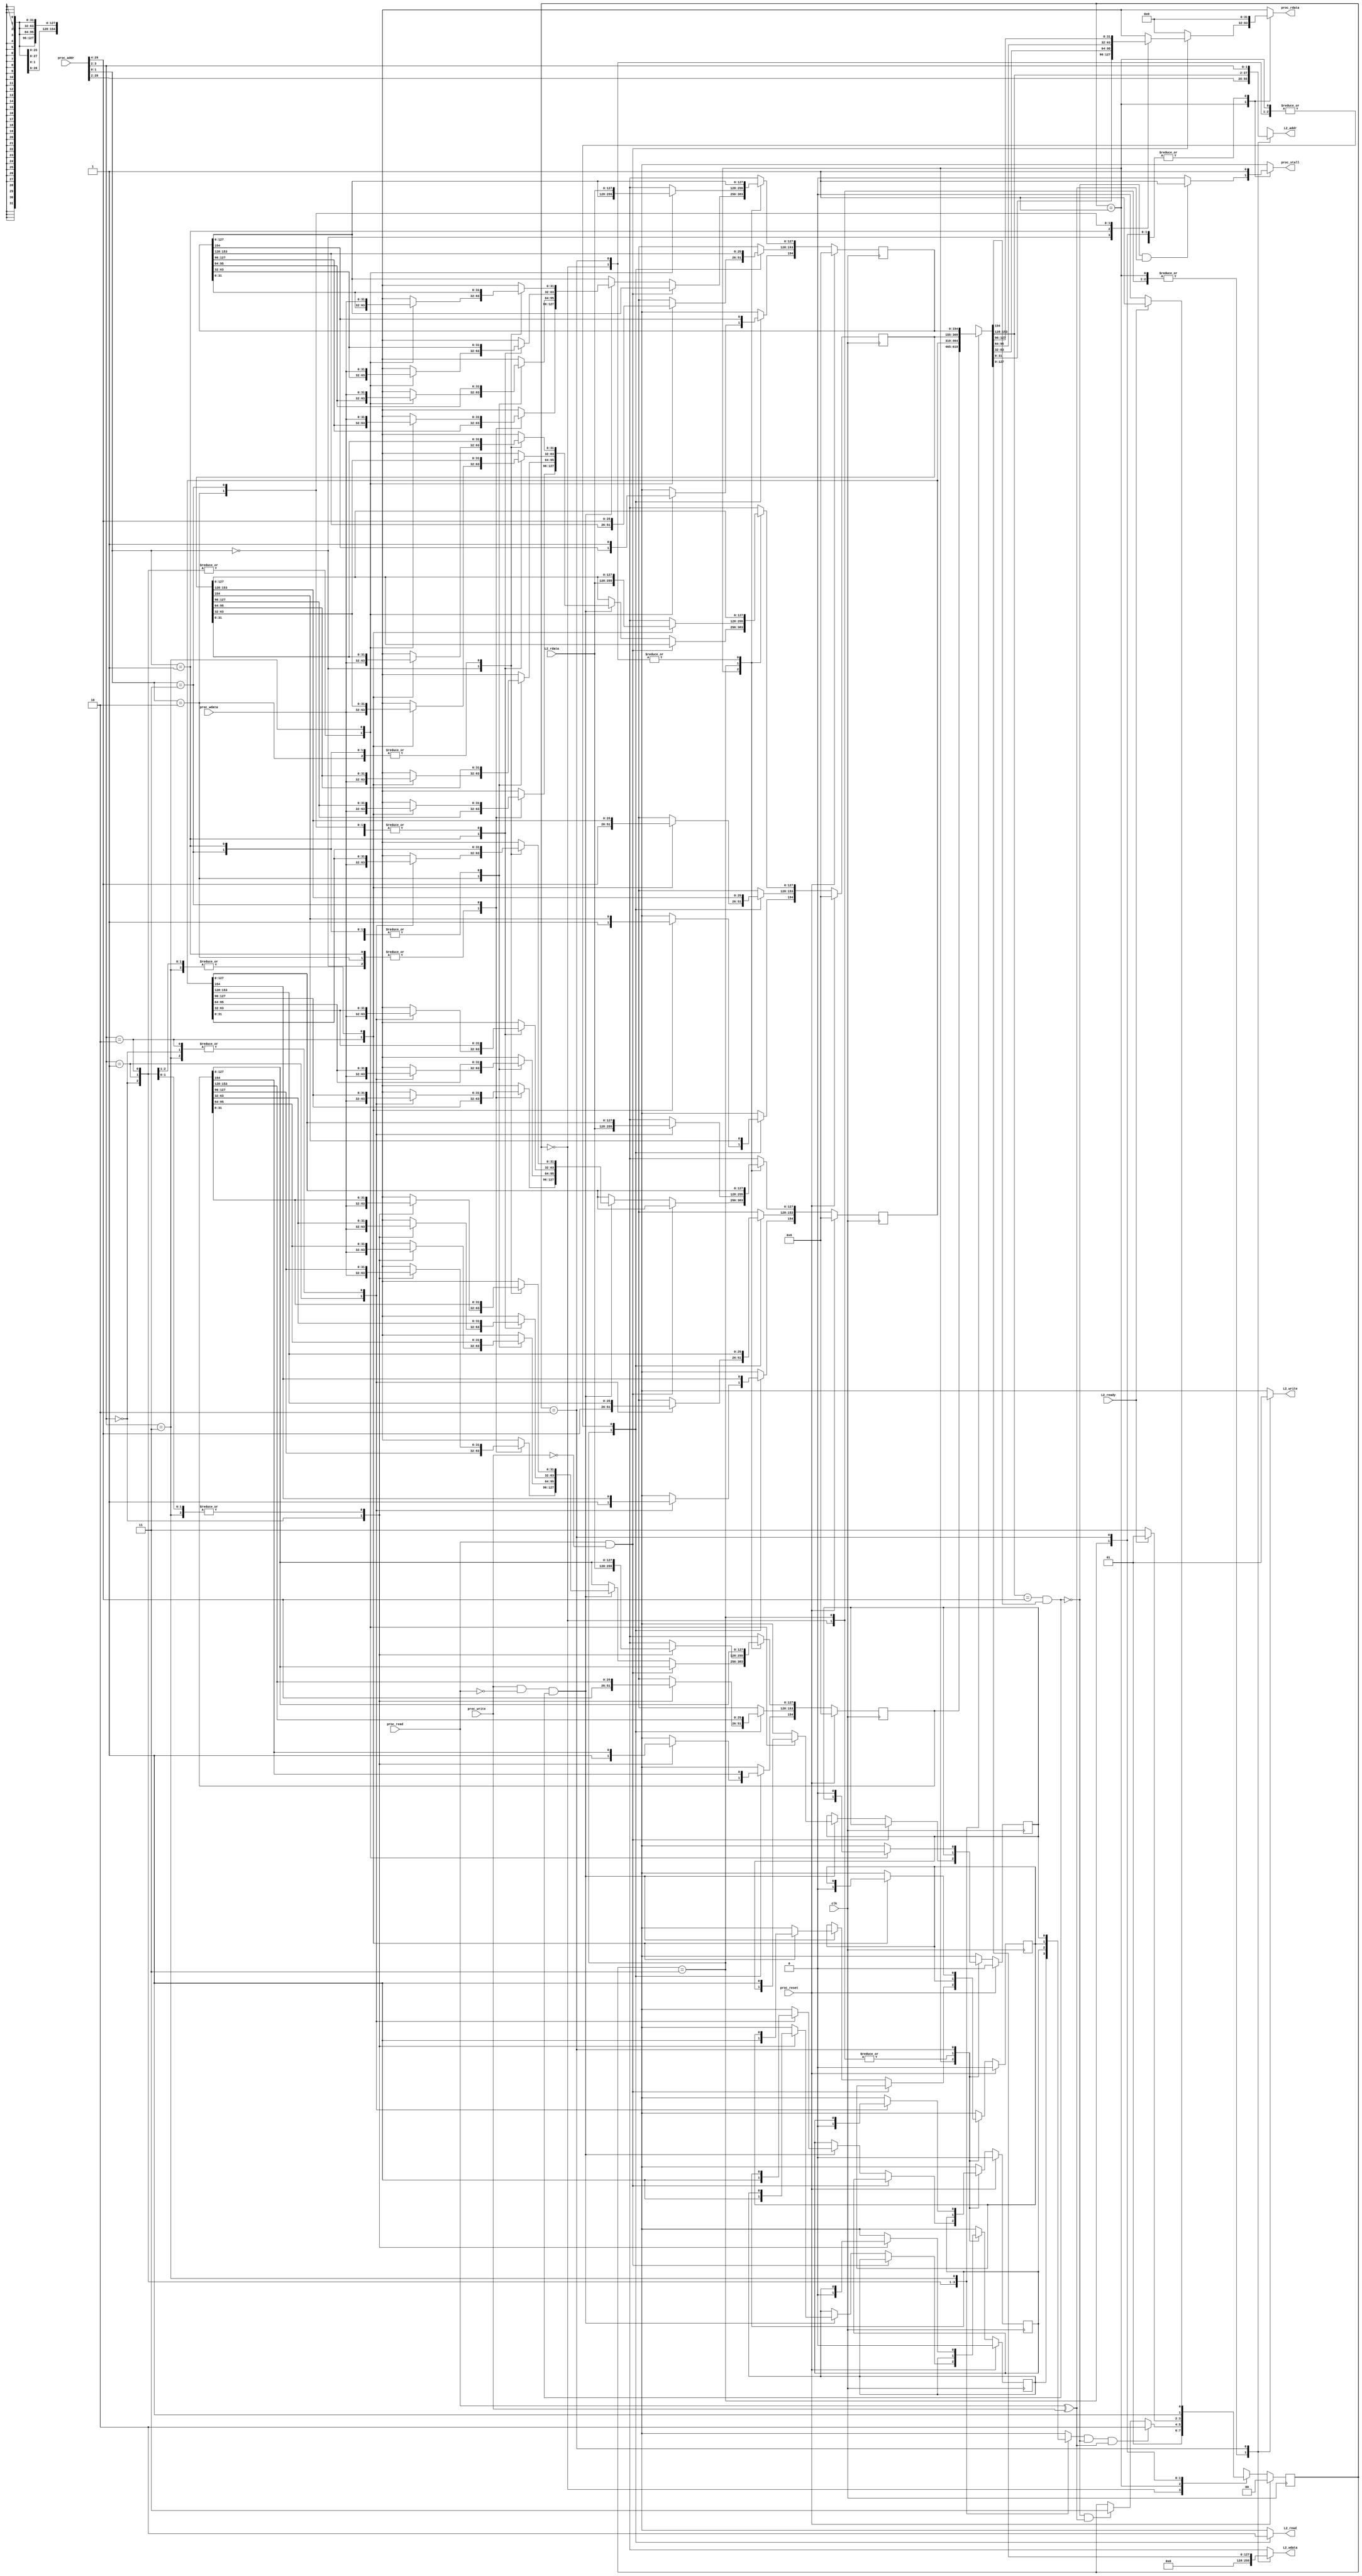
// I cache: Dirrect mapped
// D cache: two-way associated
module cache(
        input             clk,
        input             proc_reset,
        // processor interface
        input             proc_read, 
        input             proc_write,
        input      [29:0] proc_addr, // 30 bits due to word-offset
        input      [31:0] proc_wdata,
        output reg        proc_stall,
        output reg [31:0] proc_rdata,
        // L2 interface
        input              L2_ready,
        input      [127:0] L2_rdata, // 4 words (128 bits)
        output reg         L2_read, 
        output reg         L2_write,
        output reg  [27:0] L2_addr, // 28 bits since read 4 words once
        output reg [127:0] L2_wdata
);
// procedure addr
parameter ADDRTAGBEG  = 29, // 26 tags
          ADDRTAGEND  = 4, 
          BLOCKIDXBEG = 3,  // 4 blocks (2 bits)
          BLOCKIDXEND = 2,
          WORDIDXBEG  = 1,  // 4 words (2 bit)
          WORDIDXEND  = 0;
              
// L1 Cache (155 bits) = 1 valid + 26 tag + 4 words data (128 bits)
// TAG: 25 bits (30 bits proc_addr - 2 bits block offset - 3 bits index)
parameter BLOCKSIZE = 155,
          BLOCKNUM = 4,
          VALIDBIT = 154,
          TAGBEG   = 153,
          TAGEND   = 128,
          DATA3BEG = 127,
          DATA3END = 96,
          DATA2BEG = 95,
          DATA2END = 64,
          DATA1BEG = 63,
          DATA1END = 32,
          DATA0BEG = 31,
          DATA0END = 0; 

reg [BLOCKSIZE-1:0] cache [0:BLOCKNUM-1];
reg [BLOCKSIZE-1:0] cache_nxt [0:BLOCKNUM-1];
reg                 dirtyBlock [0:BLOCKNUM-1];
reg                 dirtyBlock_nxt [0:BLOCKNUM-1];
wire                 isBlockHit;
wire                isBlockDirty;

// state name
parameter [1:0] IDLE   = 2'b00,
                CMPTAG = 2'b01,
                RDMEM  = 2'b11,
                WRTMEM = 2'b10;
reg [1:0]       state, state_nxt;

integer i;

// assignments of wires
assign isBlockDirty = dirtyBlock [proc_addr[BLOCKIDXBEG:BLOCKIDXEND]];
assign isBlockHit = (cache[proc_addr[BLOCKIDXBEG:BLOCKIDXEND]][TAGBEG:TAGEND] == proc_addr[ADDRTAGBEG:ADDRTAGEND]) &
                    cache[proc_addr[BLOCKIDXBEG:BLOCKIDXEND]][VALIDBIT];

// FSM
always@ (*) begin
    state_nxt = state;
    case (state)
        IDLE  : state_nxt = CMPTAG;
        CMPTAG: begin
            if (isBlockDirty & ~isBlockHit & (proc_read ^ proc_write)) state_nxt = WRTMEM;
            else if (~isBlockHit & (proc_read ^ proc_write)) state_nxt = RDMEM; 
        end
        RDMEM  : state_nxt = L2_ready ? CMPTAG: RDMEM; 
        WRTMEM : state_nxt = L2_ready ? RDMEM : WRTMEM;
    endcase
end

// combinational output
always@ (*) begin
    proc_stall = 1'b0;
    proc_rdata = 32'b0;
    L2_read    = 1'b0;
    L2_write   = 1'b0;
    L2_addr    = proc_addr [ADDRTAGBEG:BLOCKIDXEND];
    L2_wdata   = 128'b0;
    for (i = 0; i <= BLOCKNUM-1; i = i + 1) begin
        cache_nxt [i] = cache [i];
        dirtyBlock_nxt [i] = dirtyBlock [i];
    end
    case (state)
        IDLE: proc_stall = 1'b1;
        CMPTAG: begin
            if (~isBlockHit && (proc_read ^ proc_write)) proc_stall = 1'b1;
            if (proc_read && ~proc_write) begin // read
                case (proc_addr [1:0])
                    2'b00: proc_rdata = cache [proc_addr [BLOCKIDXBEG:BLOCKIDXEND]][DATA0BEG:DATA0END];
                    2'b01: proc_rdata = cache [proc_addr [BLOCKIDXBEG:BLOCKIDXEND]][DATA1BEG:DATA1END];
                    2'b10: proc_rdata = cache [proc_addr [BLOCKIDXBEG:BLOCKIDXEND]][DATA2BEG:DATA2END];
                    2'b11: proc_rdata = cache [proc_addr [BLOCKIDXBEG:BLOCKIDXEND]][DATA3BEG:DATA3END];
                endcase
            end
            else if (proc_write & ~proc_read & isBlockHit) begin // write if the block clean and hit
                dirtyBlock_nxt [proc_addr [BLOCKIDXBEG:BLOCKIDXEND]] = 1'b1;
                case (proc_addr [1:0])
                    2'b00: cache_nxt [proc_addr[BLOCKIDXBEG:BLOCKIDXEND]][DATA0BEG:DATA0END] = proc_wdata;
                    2'b01: cache_nxt [proc_addr[BLOCKIDXBEG:BLOCKIDXEND]][DATA1BEG:DATA1END] = proc_wdata;
                    2'b10: cache_nxt [proc_addr[BLOCKIDXBEG:BLOCKIDXEND]][DATA2BEG:DATA2END] = proc_wdata;
                    2'b11: cache_nxt [proc_addr[BLOCKIDXBEG:BLOCKIDXEND]][DATA3BEG:DATA3END] = proc_wdata;
                endcase
            end
        end
        RDMEM  : begin
            proc_stall = 1'b1;
            L2_read  = 1'b1;
            cache_nxt [proc_addr [BLOCKIDXBEG:BLOCKIDXEND]][DATA3BEG:DATA0END] = L2_rdata; // set data
            cache_nxt [proc_addr [BLOCKIDXBEG:BLOCKIDXEND]][TAGBEG:TAGEND] = proc_addr [ADDRTAGBEG:ADDRTAGEND]; // set tag
            cache_nxt [proc_addr [BLOCKIDXBEG:BLOCKIDXEND]][VALIDBIT] = 1'b1; // set valid
        end
        WRTMEM : begin
            proc_stall = 1'b1;
            dirtyBlock_nxt [proc_addr [BLOCKIDXBEG:BLOCKIDXEND]] = 1'b0;
            L2_write = 1'b1;
            L2_wdata = cache [proc_addr [BLOCKIDXBEG:BLOCKIDXEND]][DATA3BEG:DATA0END];
            L2_addr  = {cache [proc_addr [BLOCKIDXBEG:BLOCKIDXEND]][TAGBEG:TAGEND], proc_addr [BLOCKIDXBEG:BLOCKIDXEND]};
        end

    endcase
end 

//==== sequential circuit =================================
always@( posedge clk ) begin
    if( proc_reset ) begin
        state <= IDLE;
        for (i = 0; i <= BLOCKNUM-1; i = i + 1) begin
            cache [i] <= {BLOCKSIZE{1'b0}};
            dirtyBlock [i] <= 1'b0;
        end
    end
    else begin
        state <= state_nxt;
        for (i = 0; i <= BLOCKNUM-1; i = i + 1) begin
            cache [i] <= cache_nxt [i];
            dirtyBlock [i] <= dirtyBlock_nxt [i];
        end
    end
end
endmodule

// I cache: 16 blocks * 4 wrods
module L2_Icache (
        input clk,
        input proc_reset,
        // L1 I_interface. addr: 28 bits, data: 128 bits
        input              L2_read, 
        input              L2_write,
        input       [27:0] L2_addr,
        input      [127:0] L2_wdata,
        output reg [127:0] L2_rdata,
        output reg         L2_ready,
        // memory interface. addr: 28 bits, data: 128 bits
        input      [127:0] mem_rdata,
        input              mem_ready,
        output reg         mem_read, 
        output reg         mem_write,
        output reg  [27:0] mem_addr,
        output reg [127:0] mem_wdata
    );

    // L1 -> L2 addr
    parameter ADDRTAGBEG  = 27,
              ADDRTAGEND  = 4, // 24-bit tag
              BLOCKIDXBEG = 3, // 16 bloacks (4 bits)
              BLOCKIDXEND = 0;
              

    // L2 Cache (153 bits) = 1 valid + 24 tag + 4 words data (128 bits)
    parameter BLOCKSIZE = 153,
              BLOCKNUM  = 16,
              VALIDBIT  = 152,
              TAGBEG    = 151,
              TAGEND    = 128,
              DATASTART = 127,
              DATAEND   = 0; 

    reg [BLOCKSIZE-1:0] cache [0:BLOCKNUM-1];
    reg [BLOCKSIZE-1:0] cache_nxt [0:BLOCKNUM-1];
    reg                 dirtyBlock [0:BLOCKNUM-1];
    reg                 dirtyBlock_nxt [0:BLOCKNUM-1];
    wire                isBlockHit;
    wire                isBlockDirty;

    // state name
    parameter [1:0] IDLE   = 2'b00,
                    CMPTAG = 2'b01,
                    RDMEM  = 2'b11,
                    WRTMEM = 2'b10;
    reg [1:0]       state, state_nxt;

    integer i;

    // assignments of wires
    assign isBlockDirty = dirtyBlock[L2_addr[BLOCKIDXBEG:BLOCKIDXEND]];
    assign isBlockHit = (cache[L2_addr[BLOCKIDXBEG:BLOCKIDXEND]][TAGBEG:TAGEND] == L2_addr[ADDRTAGBEG:ADDRTAGEND]) &
                        cache[L2_addr[BLOCKIDXBEG:BLOCKIDXEND]][VALIDBIT];

    // FSM
    always@ (*) begin
        state_nxt = state;
        case (state)
                IDLE  : state_nxt = CMPTAG;
                CMPTAG: begin
                    if (isBlockDirty & ~isBlockHit & (L2_read ^ L2_write)) state_nxt = WRTMEM;
                    else if (~isBlockHit & (L2_read ^ L2_write)) state_nxt = RDMEM; 
                end
                RDMEM  : state_nxt = mem_ready ? CMPTAG: RDMEM; 
                WRTMEM : state_nxt = mem_ready ? RDMEM : WRTMEM;
        endcase
    end

    // combinational output
    always@ (*) begin
        // isBlockHit = 1'b0;
        L2_rdata = 128'b0;
        L2_ready = 1'b0;
        mem_read = 1'b0;
        mem_write = 1'b0;
        mem_addr = L2_addr; // all addr copied
        mem_wdata = 128'b0;
        for (i = 0; i <= BLOCKNUM-1; i = i + 1) begin
            cache_nxt [i] = cache [i];
            dirtyBlock_nxt [i] = dirtyBlock [i];
        end

        case (state)
            CMPTAG: begin
                
                if (L2_read & ~L2_write & isBlockHit) begin // read
                    L2_rdata = cache [L2_addr [BLOCKIDXBEG:BLOCKIDXEND]][DATASTART:DATAEND];
                    L2_ready = 1'b1;
                end
                else if (L2_write & ~L2_read & isBlockHit) begin // write if the block hit
                    dirtyBlock_nxt [L2_addr[BLOCKIDXBEG:BLOCKIDXEND]] = 1'b1;
                    cache_nxt [L2_addr[BLOCKIDXBEG:BLOCKIDXEND]][DATASTART:DATAEND] = L2_wdata;
                    L2_ready = 1'b1;
                end
            end
            RDMEM  : begin
                mem_read  = 1'b1;
                cache_nxt [L2_addr[BLOCKIDXBEG:BLOCKIDXEND]][DATASTART:DATAEND] = mem_rdata; // set data
                cache_nxt [L2_addr[BLOCKIDXBEG:BLOCKIDXEND]][TAGBEG:TAGEND] = L2_addr [ADDRTAGBEG:ADDRTAGEND]; // set tag
                cache_nxt [L2_addr[BLOCKIDXBEG:BLOCKIDXEND]][VALIDBIT] = 1'b1; // set valid
            end
            WRTMEM : begin
                dirtyBlock_nxt [L2_addr [BLOCKIDXBEG:BLOCKIDXEND]] = 1'b0;
                mem_write = 1'b1;
                mem_wdata = cache [L2_addr [BLOCKIDXBEG:BLOCKIDXEND]][DATASTART:DATAEND];
                mem_addr  = {cache [L2_addr [BLOCKIDXBEG:BLOCKIDXEND]][TAGBEG:TAGEND], L2_addr [BLOCKIDXBEG:BLOCKIDXEND]};
            end
        endcase
    end

    //==== sequential circuit =================================
    always@( posedge clk ) begin
        if( proc_reset ) begin
            state <= IDLE;
            for (i = 0; i <= BLOCKNUM-1; i = i + 1) begin
                cache [i] <= {BLOCKSIZE{1'b0}};
                dirtyBlock [i] <= 1'b0;
            end
        end
        else begin
            state <= state_nxt;
            for (i = 0; i <= BLOCKNUM-1; i = i + 1) begin
                cache [i] <= cache_nxt [i];
                dirtyBlock [i] <= dirtyBlock_nxt [i];
            end
        end
    end
endmodule

// D cache: 24 blocks * 4 words each * 2 way
// module L2_Dcache (
//         input clk,
//         input proc_reset,
//         // L1 I_interface. addr: 28 bits, data: 128 bits
//         input              L2_read, 
//         input              L2_write,
//         input       [27:0] L2_addr,
//         input      [127:0] L2_wdata,
//         output reg [127:0] L2_rdata,
//         output reg         L2_ready,
//         // memory interface. addr: 28 bits, data: 128 bits
//         input      [127:0] mem_rdata,
//         input              mem_ready,
//         output reg         mem_read, 
//         output reg         mem_write,
//         output reg  [27:0] mem_addr,
//         output reg [127:0] mem_wdata
//     );

//     // L1 -> L2 addr
//     parameter ADDRTAGBIT  = 23,
//               ADDRTAGBEG  = 27,
//               ADDRTAGEND  = 5, // 23-bit proc tag
//               BLOCKIDXBEG = 4, // 24 bloacks (5 bits)
//               BLOCKIDXEND = 0;
              

//     // L2 Cache (154 bits) = 1 valid + 1 last-used + 24 tag + 4 words data (128 bits)
//     parameter BLOCKSIZE = 154,
//               BLOCKNUM  = 24,
//               BLOCKBIT  = 5,
//               TAGBIT    = 24, // with modulo bit
//               VALIDBIT  = 153,
//               LASTUSED  = 152,
//               TAGBEG    = 151,
//               TAGEND    = 128,
//               DATASTART = 127,
//               DATAEND   = 0; 

//     reg [BLOCKSIZE-1:0] cache0 [0:BLOCKNUM-1];
//     reg [BLOCKSIZE-1:0] cache0_nxt [0:BLOCKNUM-1];
//     reg [BLOCKSIZE-1:0] cache1 [0:BLOCKNUM-1];
//     reg [BLOCKSIZE-1:0] cache1_nxt [0:BLOCKNUM-1];
//     reg                 dirtyBlock0 [0:BLOCKNUM-1];
//     reg                 dirtyBlock0_nxt [0:BLOCKNUM-1];
//     reg                 dirtyBlock1 [0:BLOCKNUM-1];
//     reg                 dirtyBlock1_nxt [0:BLOCKNUM-1];
//     wire                isBlock0Hit;
//     wire                isBlock1Hit;
//     wire                isBlock0Dirty;
//     wire                isBlock1Dirty;

//     // combined logic
//     wire isBlockHit, isBlockDirty;

//     wire   [BLOCKBIT-1:0] block_index;
//     wire                  block_tag;
//     wire [ADDRTAGBIT-1:0] proc_tag;
//     wire     [TAGBIT-1:0] cache_tag;

//     // state name
//     parameter [1:0] IDLE   = 2'b00,
//                     CMPTAG = 2'b01,
//                     RDMEM  = 2'b11,
//                     WRTMEM = 2'b10;
//     reg [1:0]       state, state_nxt;

//     integer i;

//     assign {block_tag, block_index} = L2_addr [BLOCKIDXBEG:BLOCKIDXEND] >= 5'd24 ? 
//                                       {1'b1, L2_addr [BLOCKIDXBEG:BLOCKIDXEND] - 5'd24} :
//                                       {1'b0, L2_addr [BLOCKIDXBEG:BLOCKIDXEND]};
//     assign block_index = L2_addr [BLOCKIDXBEG:BLOCKIDXEND];
//     assign proc_tag  = L2_addr [ADDRTAGBEG:ADDRTAGEND];
//     assign cache_tag = {proc_tag, block_tag};

//     // assignments of wires
//     assign isBlock0Dirty = dirtyBlock0 [block_index];
//     assign isBlock1Dirty = dirtyBlock1 [block_index];
//     assign isBlock0Hit = (cache0 [block_index][TAGBEG:TAGEND] == cache_tag) & cache0 [block_index][VALIDBIT];
//     assign isBlock1Hit = (cache1 [block_index][TAGBEG:TAGEND] == cache_tag) & cache1 [block_index][VALIDBIT];

//     // combined logic
//     assign isBlockHit = isBlock0Hit | isBlock1Hit;

//     // if way0 is last used and dirty, then it is dirty (when missed)
//     // we do not care about hit since it does not matter
//     assign isBlockDirty = ~cache0 [block_index][LASTUSED] ? isBlock0Dirty : isBlock1Dirty;

//     // FSM
//     always@ (*) begin
//         state_nxt = state;
//         case (state)
//                 IDLE  : state_nxt = CMPTAG;
//                 CMPTAG: begin
//                     if (isBlockDirty & ~isBlockHit & (L2_read ^ L2_write)) state_nxt = WRTMEM;
//                     else if (~isBlockHit & (L2_read ^ L2_write)) state_nxt = RDMEM; 
//                 end
//                 RDMEM  : state_nxt = mem_ready ? CMPTAG: RDMEM; 
//                 WRTMEM : state_nxt = mem_ready ? RDMEM : WRTMEM;
//         endcase
//     end

//     // combinational output
//     always@ (*) begin
//         // isBlockHit = 1'b0;
//         L2_rdata = 128'b0;
//         L2_ready = 1'b0;
//         mem_read = 1'b0;
//         mem_write = 1'b0;
//         mem_addr = L2_addr; // all addr copied
//         mem_wdata = 128'b0;
//         for (i = 0; i <= BLOCKNUM-1; i = i + 1) begin
//             cache0_nxt [i] = cache0 [i];
//             cache1_nxt [i] = cache1 [i];
//             dirtyBlock0_nxt [i] = dirtyBlock0 [i];
//             dirtyBlock1_nxt [i] = dirtyBlock1 [i];
//         end

//         case (state)
//             CMPTAG: begin
//                 if (L2_read & ~L2_write & isBlock0Hit) begin // read way 0
//                     L2_rdata = cache0 [block_index][DATASTART:DATAEND];
//                     L2_ready = 1'b1;
//                     // update last-used bit
//                     cache0 [block_index][LASTUSED] = 1;
//                     cache1 [block_index][LASTUSED] = 0;
//                 end else if (L2_read & ~L2_write & isBlock1Hit) begin // read way 1
//                     L2_rdata = cache1 [block_index][DATASTART:DATAEND];
//                     L2_ready = 1'b1;
//                     // update last-used bit
//                     cache0 [block_index][LASTUSED] = 0;
//                     cache1 [block_index][LASTUSED] = 1;
//                 end else if (L2_write & ~L2_read & isBlock0Hit) begin // write if the way 0 block hit
//                     dirtyBlock0_nxt [block_index] = 1'b1;
//                     cache0_nxt [block_index][DATASTART:DATAEND] = L2_wdata;
//                     L2_ready = 1'b1;
//                     // update last-used bit
//                     cache0 [block_index][LASTUSED] = 1;
//                     cache1 [block_index][LASTUSED] = 0;
//                 end else if (L2_write & ~L2_read & isBlock1Hit) begin // write if the way 1 block hit
//                     dirtyBlock1_nxt [block_index] = 1'b1;
//                     cache1_nxt [block_index][DATASTART:DATAEND] = L2_wdata;
//                     L2_ready = 1'b1;
//                     // update last-used bit
//                     cache0 [block_index][LASTUSED] = 0;
//                     cache1 [block_index][LASTUSED] = 1;
//                 end
//             end
//             RDMEM  : begin
//                 mem_read  = 1'b1;
//                 if (~cache0 [block_index][LASTUSED] & mem_ready) begin
//                     cache0_nxt [block_index][DATASTART:DATAEND] = mem_rdata; // set data
//                     cache0_nxt [block_index][TAGBEG:TAGEND] = L2_addr [ADDRTAGBEG:ADDRTAGEND]; // set tag
//                     cache0_nxt [block_index][VALIDBIT] = 1'b1; // set valid
//                 end else if (mem_ready) begin
//                     cache1_nxt [block_index][DATASTART:DATAEND] = mem_rdata;
//                     cache1_nxt [block_index][TAGBEG:TAGEND] = L2_addr [ADDRTAGBEG:ADDRTAGEND]; // set tag
//                     cache1_nxt [block_index][VALIDBIT] = 1'b1; // set valid
//                 end
//             end
//             WRTMEM : begin
//                 mem_write = 1'b1;
//                 if (~cache0 [block_index][LASTUSED]) begin
//                     dirtyBlock0_nxt [block_index] = 1'b0;
//                     mem_wdata = cache0 [block_index][DATASTART:DATAEND];
//                     mem_addr  = {cache0 [block_index][TAGBEG:TAGEND], block_index};
//                 end else begin
//                     dirtyBlock1_nxt [L2_addr [BLOCKIDXBEG:BLOCKIDXEND]] = 1'b0;
//                     mem_wdata = cache1 [block_index][DATASTART:DATAEND];
//                     mem_addr  = {cache1 [block_index][TAGBEG:TAGEND], block_index};               
//                 end
//             end
//         endcase
//     end

//     //==== sequential circuit =================================
//     always@( posedge clk ) begin
//         if( proc_reset ) begin
//             state <= IDLE;
//             for (i = 0; i <= BLOCKNUM-1; i = i + 1) begin
//                 cache0 [i] <= {BLOCKSIZE{1'b0}};
//                 cache1 [i] <= {BLOCKSIZE{1'b0}};
//                 dirtyBlock0 [i] <= 1'b0;
//                 dirtyBlock1 [i] <= 1'b0;
//             end
//         end
//         else begin
//             state <= state_nxt;
//             for (i = 0; i <= BLOCKNUM-1; i = i + 1) begin
//                 cache0 [i] <= cache0_nxt [i];
//                 cache1 [i] <= cache1_nxt [i];
//                 dirtyBlock0 [i] <= dirtyBlock0_nxt [i];
//                 dirtyBlock1 [i] <= dirtyBlock1_nxt [i];
//             end
//         end
//     end
// endmodule

// 24 blocks * 4 words * two-way
module L2_Dcache (
        input clk,
        input proc_reset,
        // L1 I_interface. addr: 28 bits, data: 128 bits
        input              L2_read, 
        input              L2_write,
        input       [27:0] L2_addr,
        input      [127:0] L2_wdata,
        output reg [127:0] L2_rdata,
        output reg         L2_ready,
        // memory interface. addr: 28 bits, data: 128 bits
        input      [127:0] mem_rdata,
        input              mem_ready,
        output reg         mem_read, 
        output reg         mem_write,
        output reg  [27:0] mem_addr,
        output reg [127:0] mem_wdata
    );

    // L1 -> L2 addr 2-way associated
    parameter ADDRTAGBIT  = 23,
              ADDRTAGBEG  = 27,
              ADDRTAGEND  = 5, // 23-bit tag
              BLOCKIDXBEG = 4, // 24 bloacks (5 bits)
              BLOCKIDXEND = 0;
              

    // L2 Cache (154 bits) = 1 valid + 1 last-used + 24 tag + 4 words data (128 bits)
    parameter BLOCKSIZE = 154,
              BLOCKNUM  = 24,
              BLOCKBIT  = 5,
              BLOCKWAY  = 2,
              TAGBIT    = 24,
              VALIDBIT  = 153,
              LASTUSED  = 152,
              TAGBEG    = 151,
              TAGEND    = 128,
              DATASTART = 127,
              DATAEND   = 0; 

    reg [BLOCKSIZE-1:0] cache0 [0:BLOCKNUM-1];
    reg [BLOCKSIZE-1:0] cache0_nxt [0:BLOCKNUM-1];
    reg [BLOCKSIZE-1:0] cache1 [0:BLOCKNUM-1];
    reg [BLOCKSIZE-1:0] cache1_nxt [0:BLOCKNUM-1];
    reg                 dirtyBlock0 [0:BLOCKNUM-1];
    reg                 dirtyBlock0_nxt [0:BLOCKNUM-1];
    reg                 dirtyBlock1 [0:BLOCKNUM-1];
    reg                 dirtyBlock1_nxt [0:BLOCKNUM-1];
    wire                isBlock0Hit;
    wire                isBlock1Hit;
    wire                isBlock0Dirty;
    wire                isBlock1Dirty;

    // combined logic
    wire isBlockHit, isBlockDirty;

    wire   [BLOCKBIT-1:0] block_index;
    wire                  block_tag;
    wire [ADDRTAGBIT-1:0] proc_tag;
    wire     [TAGBIT-1:0] cache_tag;     

    // state name
    parameter [1:0] IDLE   = 2'b00,
                    CMPTAG = 2'b01,
                    RDMEM  = 2'b11,
                    WRTMEM = 2'b10;
    reg [1:0]       state, state_nxt;

    integer i;

    // assignments of wires
    assign {block_tag, block_index} = L2_addr [BLOCKIDXBEG:BLOCKIDXEND] >= 5'd24 ?
                                      {1'b1, L2_addr [BLOCKIDXBEG:BLOCKIDXEND] - 5'd24} :
                                      {1'b0, L2_addr [BLOCKIDXBEG:BLOCKIDXEND]};
    assign proc_tag = L2_addr [ADDRTAGBEG:ADDRTAGEND];
    assign cache_tag = {proc_tag, block_tag};

    assign isBlock0Dirty = dirtyBlock0 [block_index];
    assign isBlock1Dirty = dirtyBlock1 [block_index];
    assign isBlock0Hit = (cache0 [block_index][TAGBEG:TAGEND] == cache_tag) &
                         cache0 [block_index][VALIDBIT];
    assign isBlock1Hit = (cache1 [block_index][TAGBEG:TAGEND] == cache_tag) &
                         cache1 [block_index][VALIDBIT];
    // combined logic
    assign isBlockHit = isBlock0Hit | isBlock1Hit;

    // if way0 is not last used but dirty, then it is dirty (when missed)
    // we do not care about hit since it does not matter
    assign isBlockDirty = ~cache0 [block_index][LASTUSED] ? isBlock0Dirty : isBlock1Dirty;

    // FSM
    always@ (*) begin
        state_nxt = state;
        case (state)
                IDLE  : state_nxt = CMPTAG;
                CMPTAG: begin
                    if ((L2_read ^ L2_write) & isBlockDirty & ~isBlockHit) state_nxt = WRTMEM;
                    else if (~isBlockHit & (L2_read ^ L2_write)) state_nxt = RDMEM;
                end
                RDMEM  : state_nxt = mem_ready ? CMPTAG: RDMEM; 
                WRTMEM : state_nxt = mem_ready ? RDMEM : WRTMEM;
        endcase
    end

    // combinational output
    always@ (*) begin
        L2_rdata = 128'b0;
        L2_ready = 1'b0;
        mem_read = 1'b0;
        mem_write = 1'b0;
        mem_addr = L2_addr; // all addr copied
        mem_wdata = 128'b0;
        for (i = 0; i <= BLOCKNUM-1; i = i + 1) begin
            cache0_nxt [i] = cache0 [i];
            cache1_nxt [i] = cache1 [i];
            dirtyBlock0_nxt [i] = dirtyBlock0 [i];
            dirtyBlock1_nxt [i] = dirtyBlock1 [i];
        end

        case (state)
            CMPTAG: begin
                if (L2_read & ~L2_write & isBlock0Hit) begin // read way 0
                    L2_rdata = cache0 [block_index][DATASTART:DATAEND];
                    L2_ready = 1'b1;
                    // update last-used bit
                    cache0 [block_index][LASTUSED] = 1;
                    cache1 [block_index][LASTUSED] = 0;
                end else if (L2_read & ~L2_write & isBlock1Hit) begin // read way 1
                    L2_rdata = cache1 [block_index][DATASTART:DATAEND];
                    L2_ready = 1'b1;
                    // update last-used bit
                    cache0 [block_index][LASTUSED] = 0;
                    cache1 [block_index][LASTUSED] = 1;
                end else if (L2_write & ~L2_read & isBlock0Hit) begin // write if the way 0 block hit
                    dirtyBlock0_nxt [block_index] = 1'b1;
                    cache0_nxt [block_index][DATASTART:DATAEND] = L2_wdata;
                    L2_ready = 1'b1;
                    // update last-used bit
                    cache0 [block_index][LASTUSED] = 1;
                    cache1 [block_index][LASTUSED] = 0;
                end else if (L2_write & ~L2_read & isBlock1Hit) begin // write if the way 1 block hit
                    dirtyBlock1_nxt [block_index] = 1'b1;
                    cache1_nxt [block_index][DATASTART:DATAEND] = L2_wdata;
                    L2_ready = 1'b1;
                    // update last-used bit
                    cache0 [block_index][LASTUSED] = 0;
                    cache1 [block_index][LASTUSED] = 1;
                end
            end
            RDMEM  : begin
                mem_read  = 1'b1;
                if (~cache0 [block_index][LASTUSED] & mem_ready) begin
                    cache0_nxt [block_index][DATASTART:DATAEND] = mem_rdata; // set data
                    cache0_nxt [block_index][TAGBEG:TAGEND] = cache_tag; // set tag
                    cache0_nxt [block_index][VALIDBIT] = 1'b1; // set valid
                end else if (mem_ready) begin
                    cache1_nxt [block_index][DATASTART:DATAEND] = mem_rdata;
                    cache1_nxt [block_index][TAGBEG:TAGEND] = cache_tag; // set tag
                    cache1_nxt [block_index][VALIDBIT] = 1'b1; // set valid
                end
            end
            WRTMEM : begin
                mem_write = 1'b1;
                if (~cache0 [block_index][LASTUSED]) begin
                    dirtyBlock0_nxt [block_index] = 1'b0;
                    mem_wdata = cache0 [block_index][DATASTART:DATAEND];
                    mem_addr  = {cache0 [block_index][TAGBEG:TAGEND], block_index};
                end else begin
                    dirtyBlock1_nxt [L2_addr [BLOCKIDXBEG:BLOCKIDXEND]] = 1'b0;
                    mem_wdata = cache1 [block_index][DATASTART:DATAEND];
                    mem_addr  = {cache1 [block_index][TAGBEG:TAGEND], block_index};               
                end
            end
        endcase
    end

    //==== sequential circuit =================================
    always@( posedge clk ) begin
        if( proc_reset ) begin
            state <= IDLE;
            for (i = 0; i <= BLOCKNUM-1; i = i + 1) begin
                cache0 [i] <= {BLOCKSIZE{1'b0}};
                cache1 [i] <= {BLOCKSIZE{1'b0}};
                dirtyBlock0 [i] <= 1'b0;
                dirtyBlock1 [i] <= 1'b0;
            end
        end
        else begin
            state <= state_nxt;
            for (i = 0; i <= BLOCKNUM-1; i = i + 1) begin
                cache0 [i] <= cache0_nxt [i];
                cache1 [i] <= cache1_nxt [i];
                dirtyBlock0 [i] <= dirtyBlock0_nxt [i];
                dirtyBlock1 [i] <= dirtyBlock1_nxt [i];
            end
        end
    end
endmodule